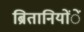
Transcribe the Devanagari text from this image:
ब्रितानियोंें